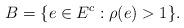
LaTeX: \begin{align*}B=\{ e \in E^c : \rho(e) > 1 \}.\end{align*}